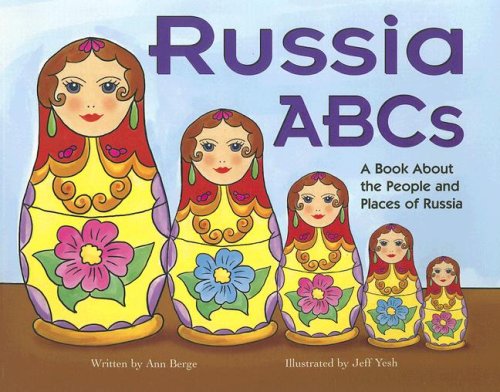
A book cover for Russia ABCs: A Book About the People and Places of Russia (Country ABCs); Ann Berge; Children's Books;